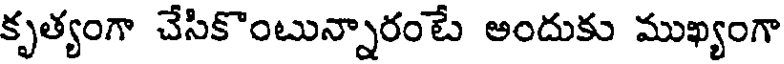
కృత్యంగా చేసికొంటున్నారంటే అందుకు ముఖ్యంగా